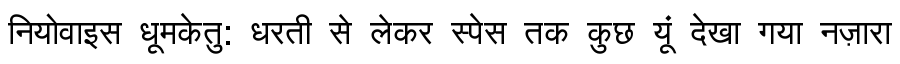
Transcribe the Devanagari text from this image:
नियोवाइस धूमकेतु: धरती से लेकर स्पेस तक कुछ यूं देखा गया नज़ारा